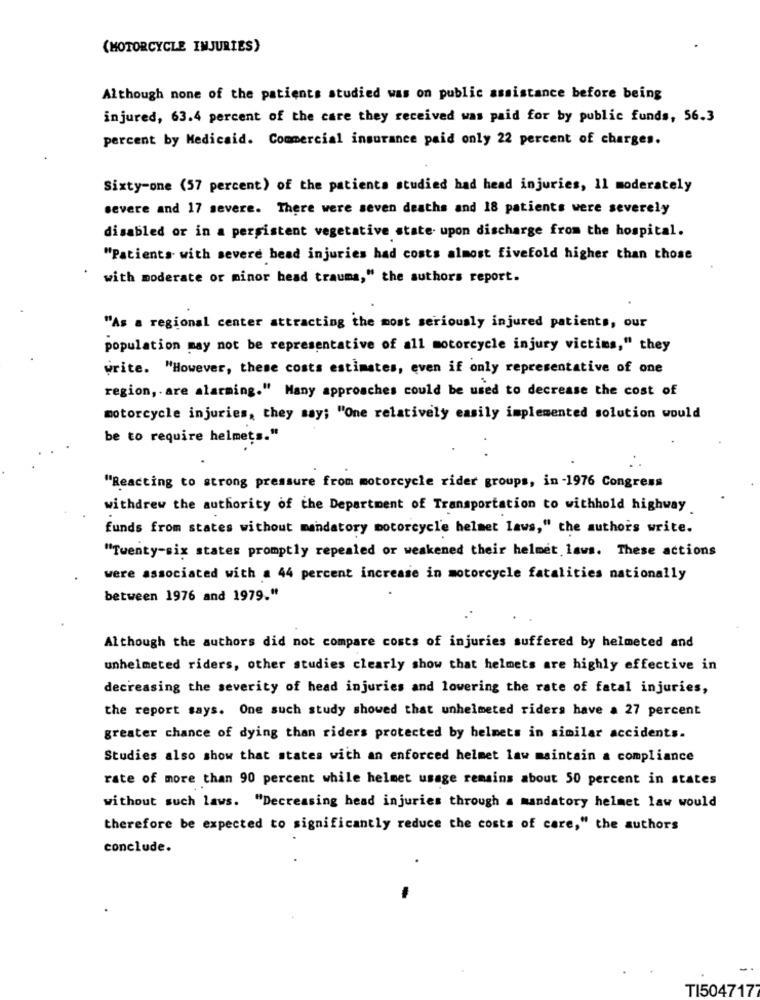
(MOTORCYCLE INJURIES)
Although none of the patients studied was on public assistance before being
injured, 63.4 percent of the care they received was paid for by public funds, 56.3
percent by Medicaid. Commercial insurance paid only 22 percent of charges.
Sixty-one (57 percent) of the patients studied had head injuries, 11 moderately
severe and 17 severe. There were seven deaths and 18 patients were severely
disabled or in a persistent vegetative state- upon discharge from the hospital.
"Patients with severe bead injuries had costs almost fivefold higher than those
with moderate or minor head trauma," the authors report.
"As a regional center attracting the most seriously injured patients, our
population may not be representative of all motorcycle injury victims," they
write. "However, these costs estimates, even if only representative of one
region, . are alarming." Many approaches could be used to decrease the cost of
motorcycle injuries, they say; "One relatively easily implemented solution would
be to require helmets."
"Reacting to strong pressure from motorcycle rider groups, in -1976 Congress
withdrew the authority of the Department of Transportation to withhold highway
funds from states without mandatory motorcycle helmet laws," the authors write.
"Twenty-six states promptly repealed or weakened their helmet laws. These actions
were associated with a 44 percent increase in motorcycle fatalities nationally
between 1976 and 1979."
Although the authors did not compare costs of injuries suffered by helmeted and
unhelmeted riders, other studies clearly show that helmets are highly effective in
decreasing the severity of head injuries and lowering the rate of fatal injuries,
the report says. One such study showed that unhelmeted riders have a 27 percent
greater chance of dying than riders protected by helmets in similar accidents.
Studies also show that states with an enforced helmet law maintain a compliance
rate of more than 90 percent while helmet usage remains about 50 percent in states
without such laws. "Decreasing head injuries through a mandatory helmet law would
therefore be expected to significantly reduce the costs of care," the authors
conclude.
TI504717